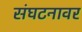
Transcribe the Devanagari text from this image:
संघटनावर